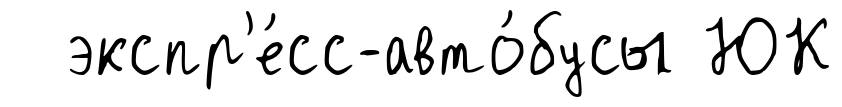
экспр'е́сс-авто́бусы ЮК